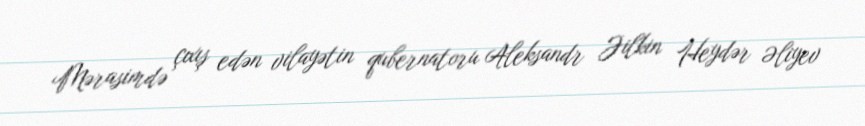
Mərasimdə çıxış edən vilayətin qubernatoru Aleksandr Jilkin Heydər Əliyev